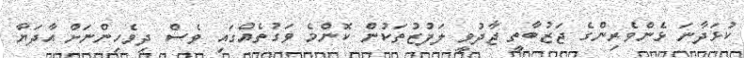
ކުޅަދާނަ ޅެންވެރިންގެ ޖަޒުބާތީ ޖާދުވީ ލަފުޒުތަކުން ކޮންމެ ވަގުތެއްގައި ވެސް ދިވެހިންނަށް އާދަޔާ